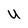
Character: U